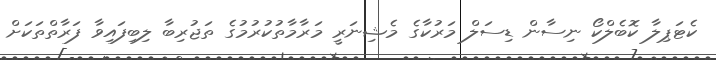
ކެޓަޕިލާ ކޮބެލްކޯ ނިސާން ޑިސަލް މަރުކާގެ މެޝިނަރީ މަރާމާތުކުރުމުގެ ތަޖުރިބާ ލިބިފައިވާ ފަރާތްތަކަށް